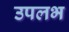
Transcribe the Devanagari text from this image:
उपलभ